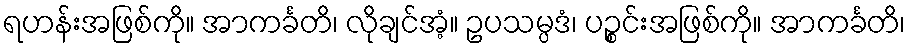
ရဟန်းအဖြစ်ကို။ အာကင်္ခတိ၊ လိုချင်အံ့။ ဥပသမ္ပဒံ၊ ပဉ္စင်းအဖြစ်ကို။ အာကင်္ခတိ၊